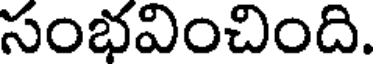
సంభవించింది.